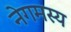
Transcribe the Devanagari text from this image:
नेगमस्य